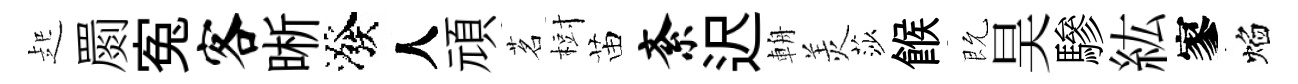
起罽寃客晰潑人頑茗𣗳苗紊迟輈羙莎餱既昊驂紘寥焰